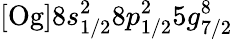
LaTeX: \mathrm{[Og]}8s_{1/2}^{2}8p_{1/2}^{2}5g_{7/2}^{8}